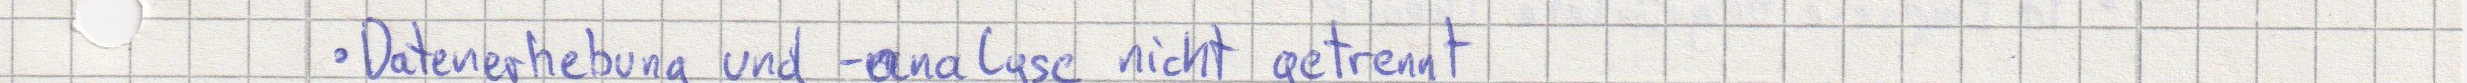
Datenerhebung und -analyse nicht getrennt